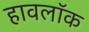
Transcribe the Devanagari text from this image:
हावलॉक